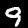
Digit: 9